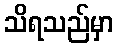
သိရသည်မှာ